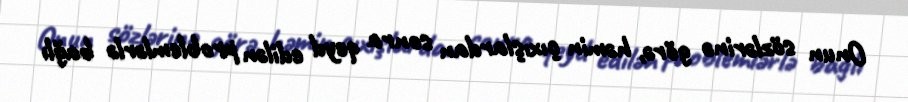
Onun sözlərinə görə, həmin çıxışlardan sonra qeyd edilən problemlərlə bağlı